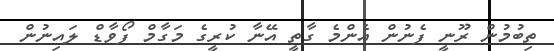
ތިބުމުން ރޫނީ ފެނުން އެންމެ ގާތީ އޭނާ ކުރީގެ މަގާމް ފޯވާޑް ލައިނުން